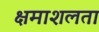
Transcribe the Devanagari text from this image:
क्षमाशलता